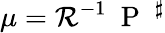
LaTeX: \mu={\mathcal R}^{-1}\mathrm{~\mathrm{~P~}~}^{\sharp}